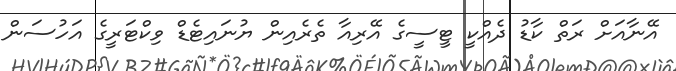
އޭނާއަށް ރަތް ކާޑު ދެއްކީ ޓީސީގެ އޭރިއާ ތެރެއިން ޔުނައިޓެޑް ވިކްޓަރީގެ އަހުސަން